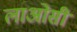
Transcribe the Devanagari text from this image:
लाओसी